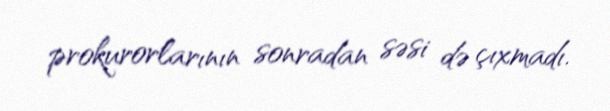
prokurorlarının sonradan səsi də çıxmadı.